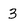
Character: 3